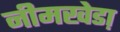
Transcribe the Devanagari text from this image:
नीमखेडा़